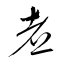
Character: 煮